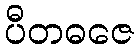
ပီတဓဇေ